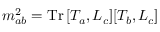
m _ { a b } ^ { 2 } = \mathrm { T r } \, [ T _ { a } , L _ { c } ] [ T _ { b } , L _ { c } ]